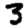
Digit: 3